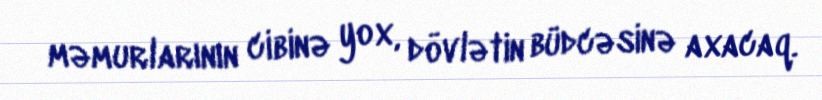
məmurlarının cibinə yox, dövlətin büdcəsinə axacaq.